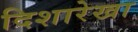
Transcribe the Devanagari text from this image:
दिशारेखा